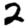
Digit: 2